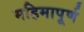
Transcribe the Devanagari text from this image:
महिमापूर्ण